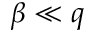
\beta \ll q